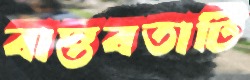
বাস্তবতাটি